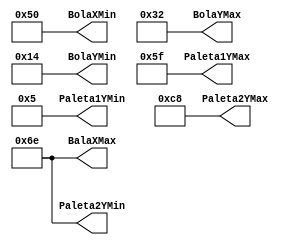
module constanteDados(output reg[10:0] Paleta1YMax,Paleta1YMin,Paleta2YMax,Paleta2YMin,BalaXMax,BolaXMin,BolaYMax,BolaYMin);
initial Paleta1YMax=95;
initial Paleta1YMin=5;
initial Paleta2YMax=200;
initial Paleta2YMin=110;
initial BalaXMax=110;
initial BolaXMin=80;
initial BolaYMax=50;
initial BolaYMin=20;


endmodule